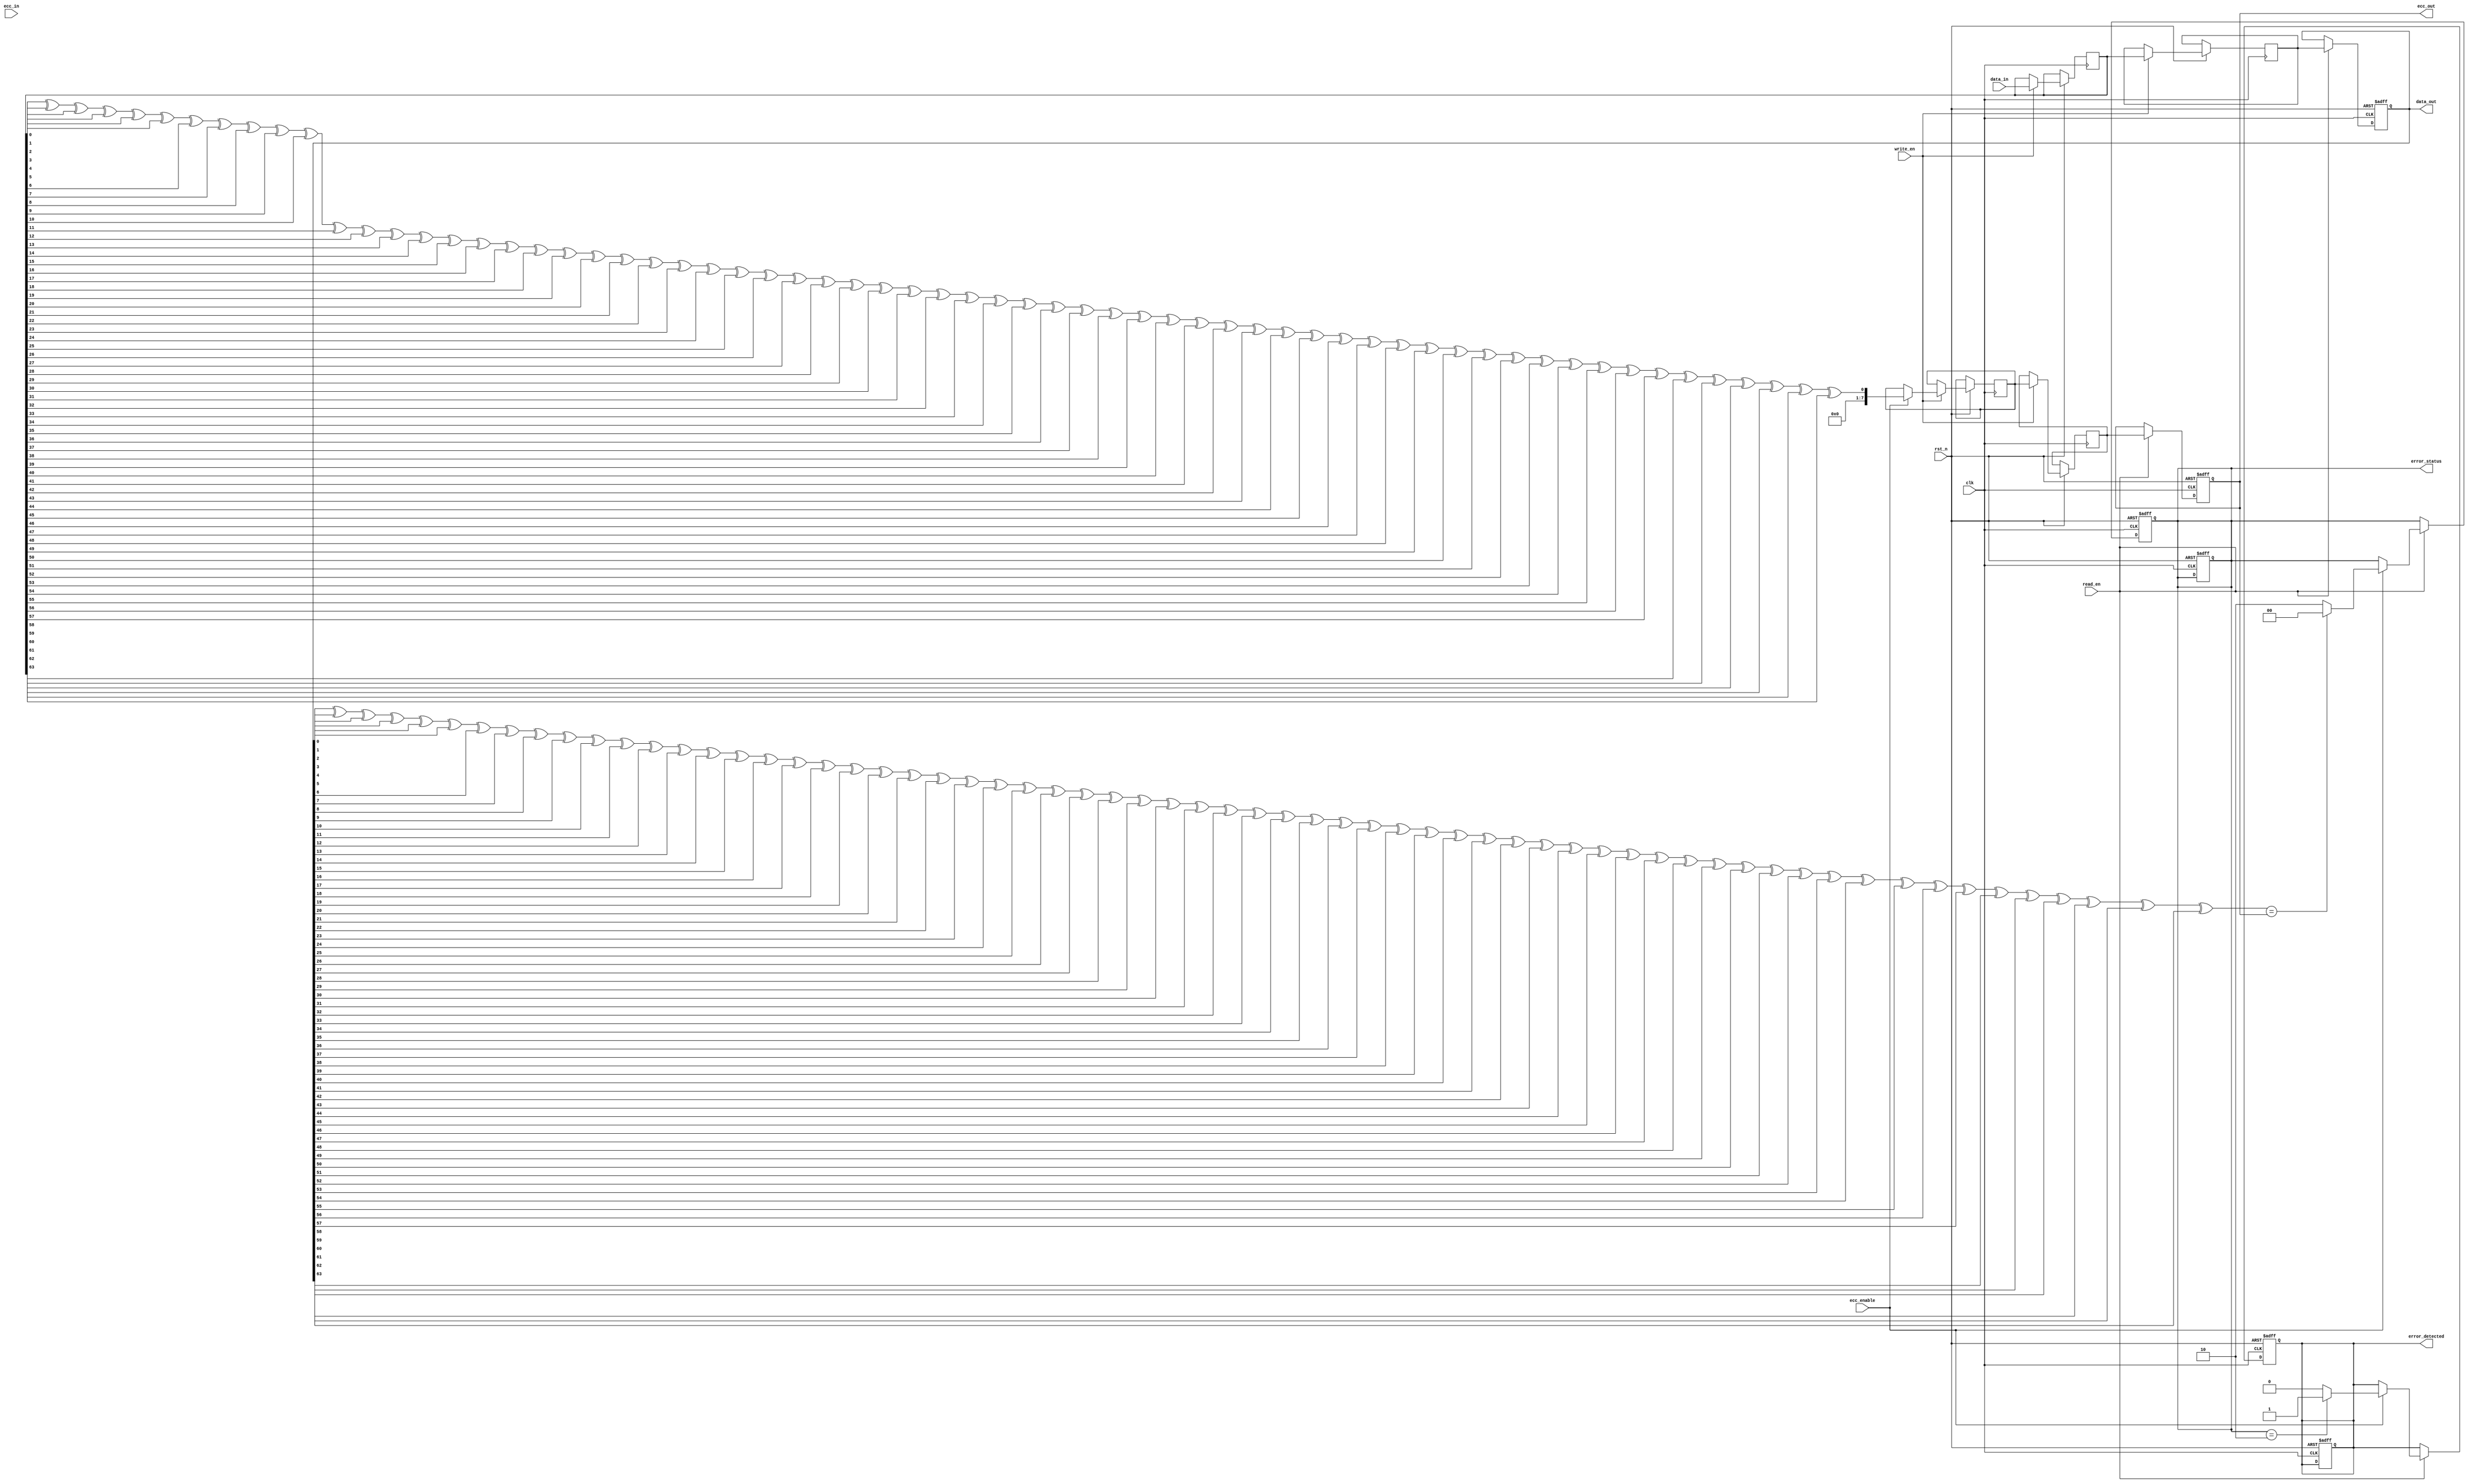
module ecc_dram_io (
    input wire clk,                    // Clock signal
    input wire rst_n,                  // Active low reset
    input wire [63:0] data_in,         // Data input from external bus
    input wire [7:0] ecc_in,           // ECC input from external bus
    input wire read_en,                // Read enable signal
    input wire write_en,               // Write enable signal
    input wire ecc_enable,             // ECC enable signal
    output reg [63:0] data_out,        // Data output to external bus
    output reg [7:0] ecc_out,          // ECC output to external bus
    output reg error_detected,         // Error detected signal
    output reg [1:0] error_status      // Error status: 00 = no error, 01 = corrected, 10 = uncorrectable
);

    reg [63:0] data_buffer;            // Buffer for incoming data
    reg [7:0] ecc_buffer;              // Buffer for ECC bits
    reg [63:0] memory [0:1023];        // Memory array (1024 x 64 bits)
    reg [7:0] ecc_memory [0:1023];     // ECC memory array (1024 x 8 bits)

    // ECC Encoding Function (Simple Parity for demonstration)
    function [7:0] ecc_encode(input [63:0] data);
        integer i;
        reg [7:0] parity;
        begin
            parity = 0;
            for (i = 0; i < 64; i = i + 1) begin
                parity = parity ^ data[i]; // Simple parity calculation
            end
            ecc_encode = parity;
        end
    endfunction

    // ECC Decoding Function (Simple Parity for demonstration)
    function [1:0] ecc_decode(input [63:0] data, input [7:0] ecc);
        integer i;
        reg [7:0] parity;
        begin
            parity = 0;
            for (i = 0; i < 64; i = i + 1) begin
                parity = parity ^ data[i]; // Recalculate parity
            end
            if (parity == ecc) begin
                ecc_decode = 2'b00; // No error
            end else begin
                ecc_decode = 2'b10; // Uncorrectable error
            end
        end
    endfunction

    // Write Operation
    always @(posedge clk or negedge rst_n) begin
        if (!rst_n) begin
            error_detected <= 0;
            error_status <= 2'b00;
        end else if (write_en) begin
            data_buffer <= data_in;
            if (ecc_enable) begin
                ecc_buffer <= ecc_encode(data_buffer);
            end
            // Store data and ECC in memory (addressing logic not included)
            memory[0] <= data_buffer; // Example address
            ecc_memory[0] <= ecc_buffer; // Example address
        end
    end

    // Read Operation
    always @(posedge clk or negedge rst_n) begin
        if (!rst_n) begin
            data_out <= 0;
            ecc_out <= 0;
            error_detected <= 0;
            error_status <= 2'b00;
        end else if (read_en) begin
            // Retrieve data and ECC from memory (addressing logic not included)
            data_out <= memory[0]; // Example address
            ecc_out <= ecc_memory[0]; // Example address
            if (ecc_enable) begin
                error_status <= ecc_decode(data_out, ecc_out);
                if (error_status == 2'b10) begin
                    error_detected <= 1; // Uncorrectable error
                end else begin
                    error_detected <= 0; // No error
                end
            end
        end
    end

endmodule